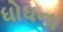
ધોધના